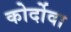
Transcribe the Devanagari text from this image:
कोर्दोवा